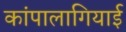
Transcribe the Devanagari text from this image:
कांपालागियाई